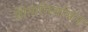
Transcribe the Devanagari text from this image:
सीतानिर्वासन